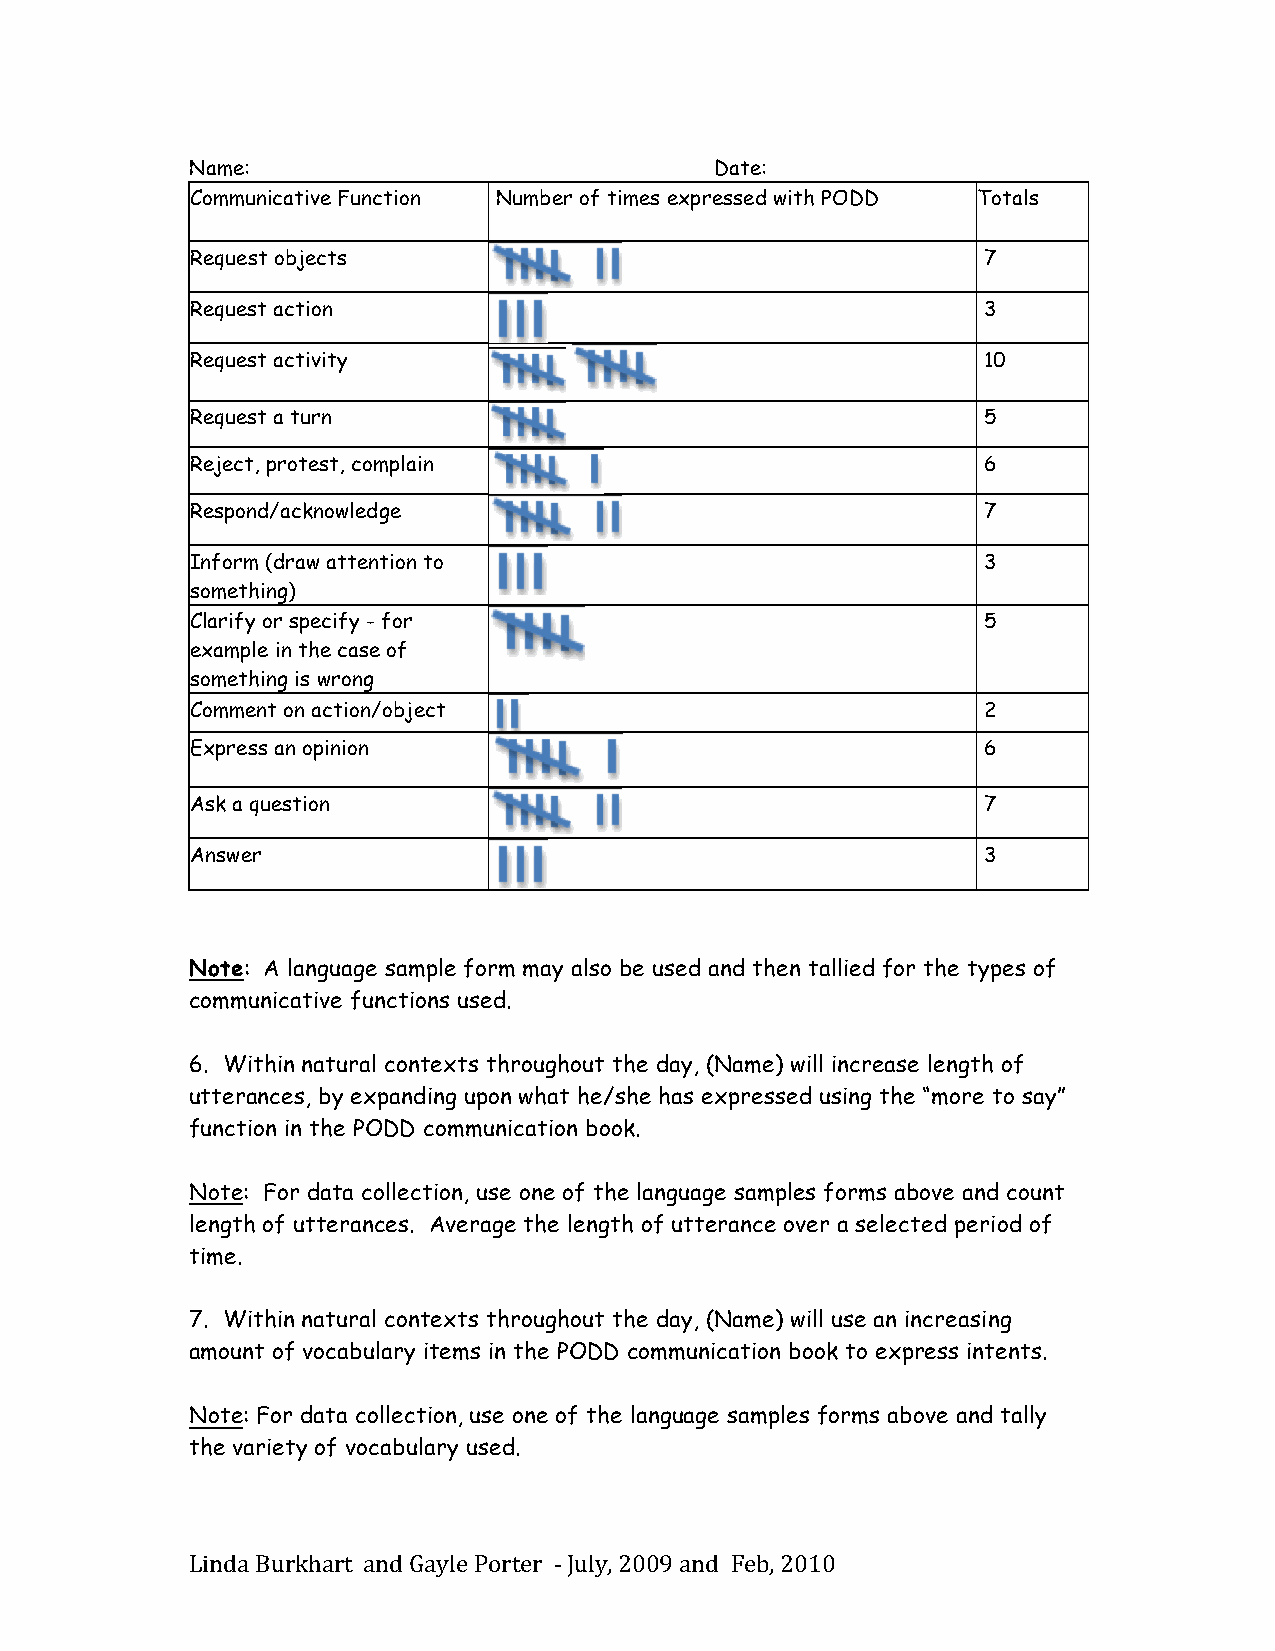
Name:                             Date:
 Communicative Function Number of times expressed with PODD Totals
 Request objects                                     7
 Request action                                      3
 Request activity                                    10
 Request a turn                                      5
 Reject, protest, complain                           6
 Respond/acknowledge                                 7
 Inform (draw attention to                           3
 something)
 Clarify or specify - for                            5
 example in the case of
 something is wrong
 Comment on action/object                            2
 Express an opinion                                  6
 Ask a question                                      7
 Answer                                              3
 Note: A language sample form may also be used and then tallied for the types of
 communicative functions used.
 6. Within natural contexts throughout the day, (Name) will increase length of
 utterances, by expanding upon what he/she has expressed using the “more to say”
 function in the PODD communication book.
 Note: For data collection, use one of the language samples forms above and count
 length of utterances. Average the length of utterance over a selected period of
 time.
 7. Within natural contexts throughout the day, (Name) will use an increasing
 amount of vocabulary items in the PODD communication book to express intents.
 Note: For data collection, use one of the language samples forms above and tally
 the variety of vocabulary used.
 Linda Burkhart and Gayle Porter -­‐‑ July, 2009 and Feb, 2010